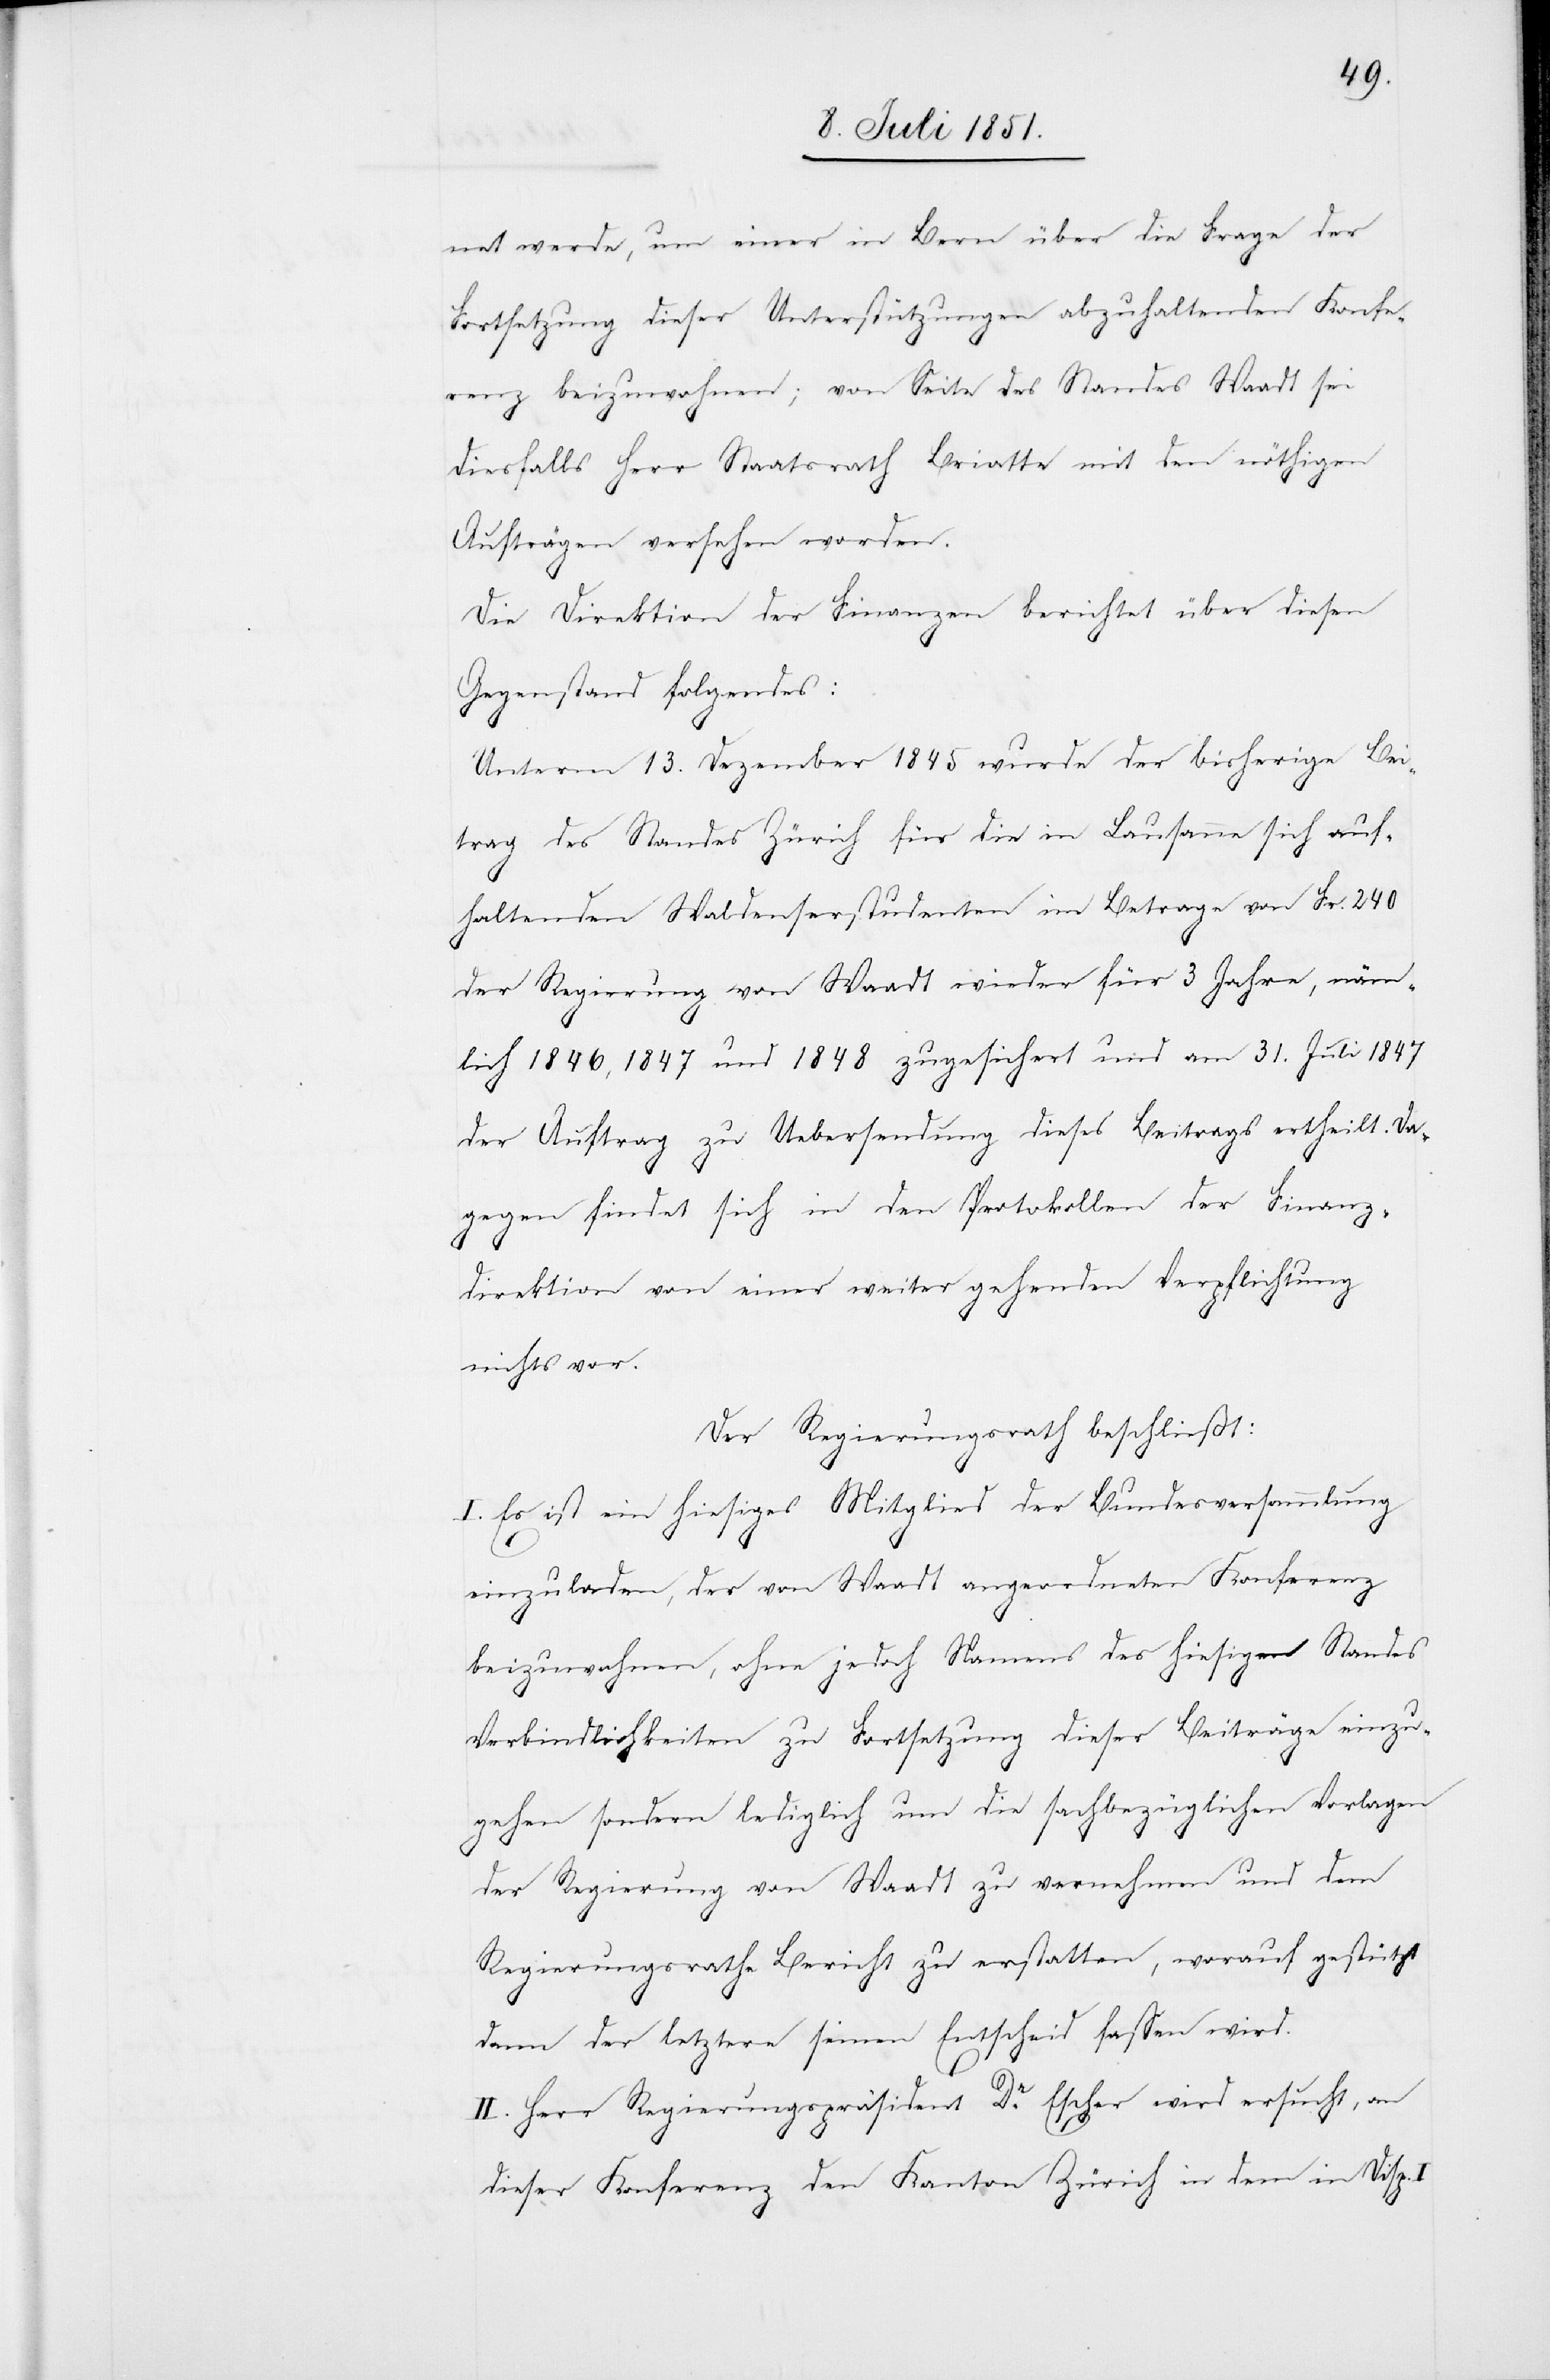
net werde, um einer in Bern über die Frage der
Fortsetzung dieser Unterstützungen abzuhaltenden Konfe¬
renz beizuwohnen; von Seite des Standes Waadt sei
diesfalls Herr Staatsrath Briatte mit den nöthigen
Aufträgen versehen worden.
Die Direktion der Finanzen berichtet über diesen
Gegenstand folgendes:
Unterm 13. Dezember 1845 wurde der bisherige Bei¬
trag des Standes Zürich für die in Lausanne sich auf¬
haltenden Waldenserstudenten im Betrage von Fr. 240
der Regierung von Waadt wieder für 3 Jahre, näm¬
lich 1846, 1847 und 1848 zugesichert und am 31. Juli 1847
der Auftrag zu Uebersendung dieses Beitrags ertheilt. Da¬
gegen findet sich in den Protokollen der Finanz¬
direktion von einer weiter gehenden Verpflichtung
nichts vor.
Der Regierungsrath beschließt:
I. Es ist ein hiesiges Mitglied der Bundesversammlung
einzuladen, der von Waadt angeordneten Konferenz
beizuwohnen, ohne jedoch Namens des hiesigen Standes
Verbindlichkeiten zu Fortsetzung dieser Beiträge einzu¬
gehen sondern lediglich um die sachbezüglichen Vorlagen
der Regierung von Waadt zu vernehmen und dem
Regierungsrathe Bericht zu erstatten, worauf gestützt
dann der letztere seinen Entscheid fassen wird.
II. Herr Regierungspräsident Dr. Escher wird ersucht, an
dieser Konferenz den Kanton Zürich in dem in Disp.